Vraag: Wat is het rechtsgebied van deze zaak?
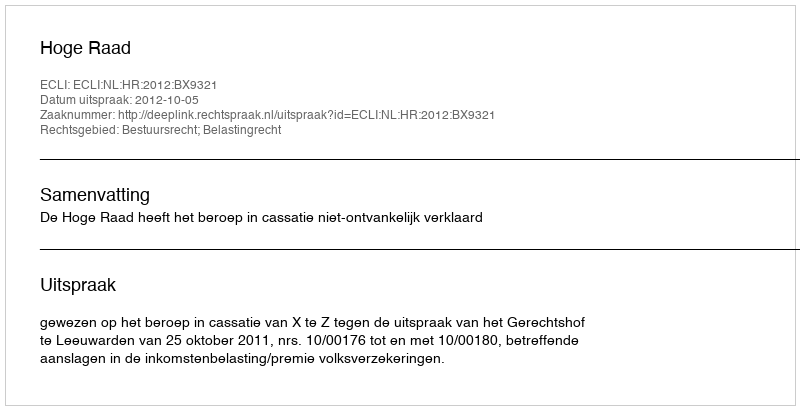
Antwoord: Bestuursrecht; Belastingrecht